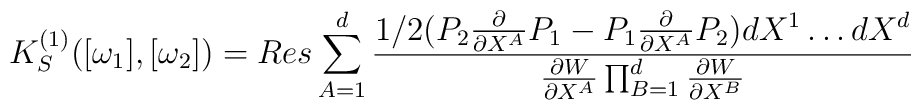
K_{S}^{(1)}( [\omega_1] ,  [ \omega_2 ] )=Res  \sum_{A=1}^{d}  \frac{1/2 (P_2{\partial \over \partial X^A}P_1 -P_1 {\partial \over \partial X^A}P_2)dX^1 \ldots  dX^d }{   \frac{\partial W}{\partial  X^A}\prod_{B=1}^{d}  \frac{\partial W}{\partial  X^B}}